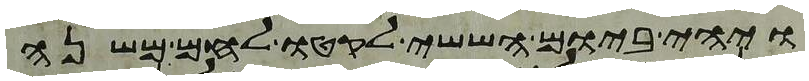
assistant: ויהי ביום הששי לקטו לחם משנה